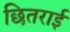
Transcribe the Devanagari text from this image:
छितराई